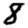
Digit: 8